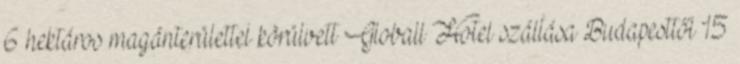
6 hektáros magánterülettel körülvett Globall Hotel szállása Budapesttől 15